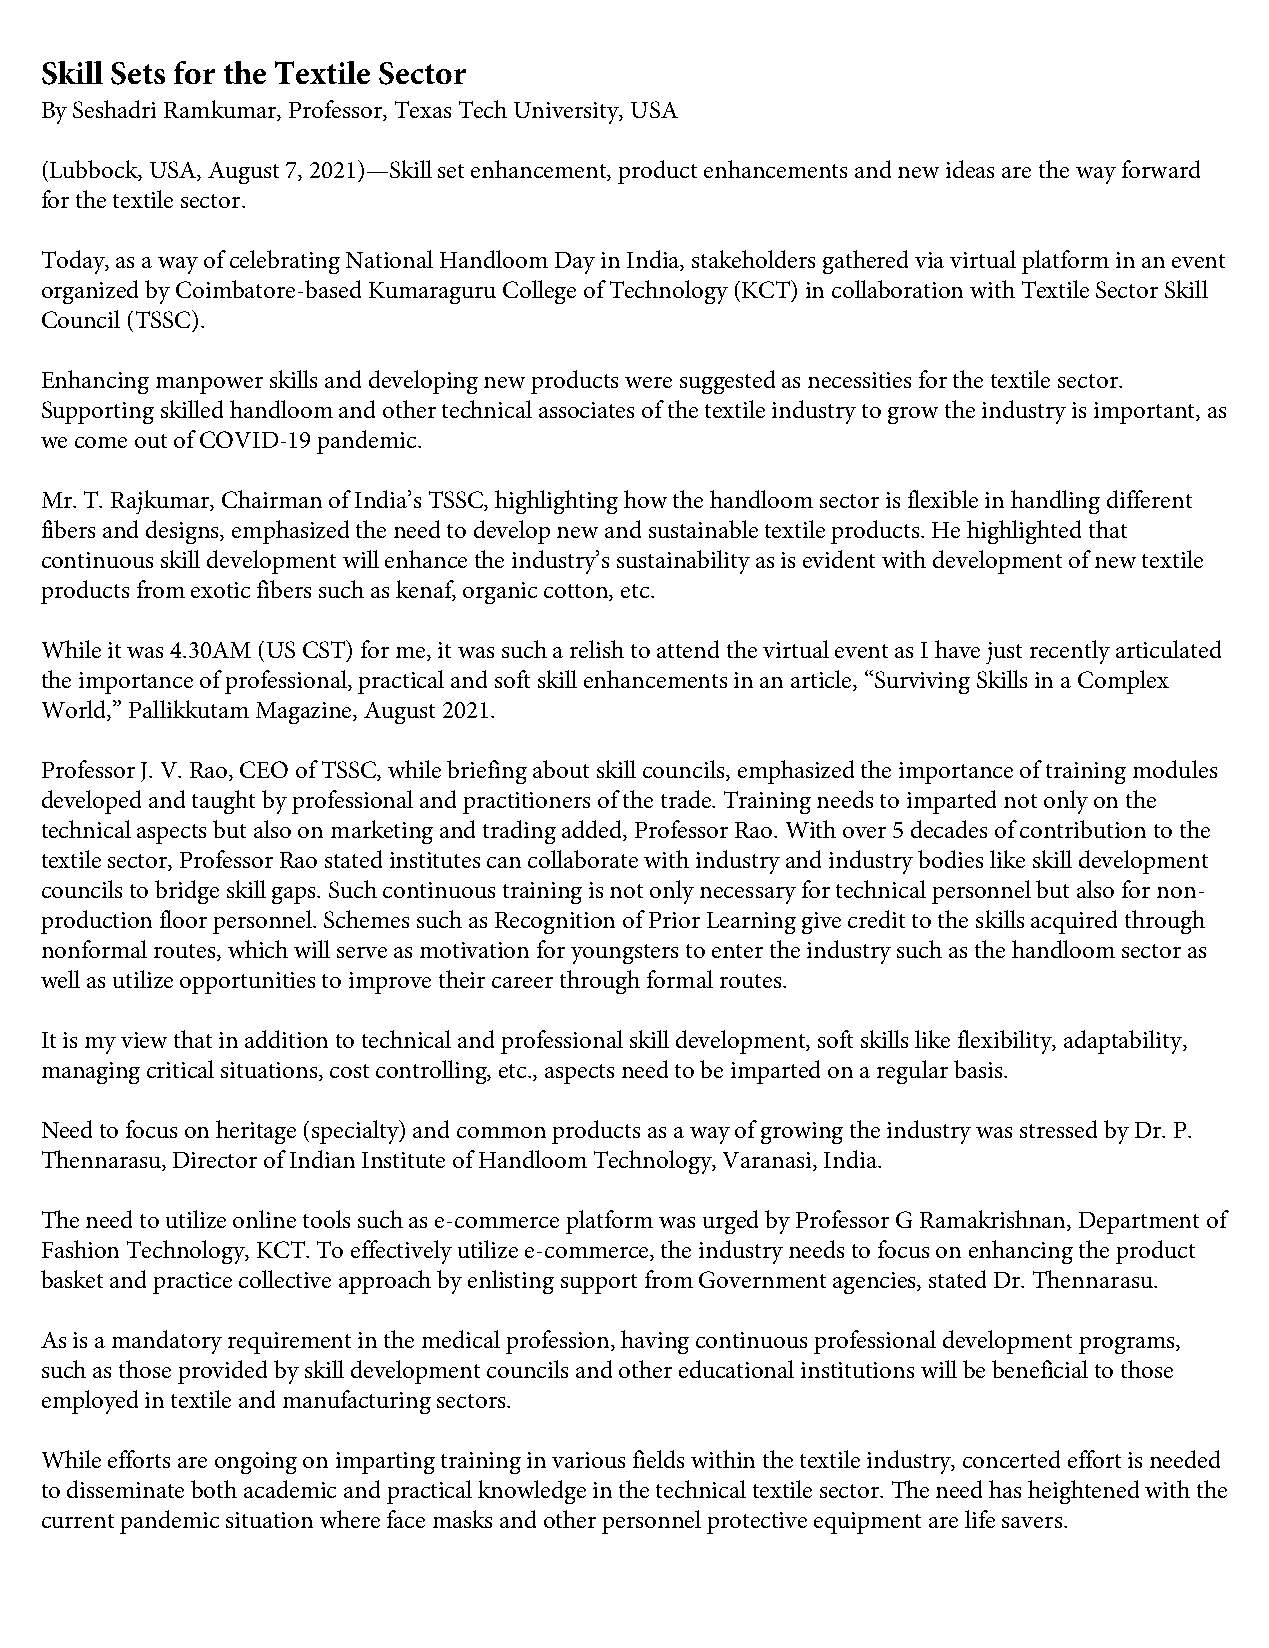
Skill Sets for the Textile Sector
 By Seshadri Ramkumar, Professor, Texas Tech University, USA
 (Lubbock, USA, August 7, 2021)—Skill set enhancement, product enhancements and new ideas are the way forward
 for the textile sector.
 Today, as a way of celebrating National Handloom Day in India, stakeholders gathered via virtual platform in an event
 organized by Coimbatore-based Kumaraguru College of Technology (KCT) in collaboration with Textile Sector Skill
 Council (TSSC).
 Enhancing manpower skills and developing new products were suggested as necessities for the textile sector.
 Supporting skilled handloom and other technical associates of the textile industry to grow the industry is important, as
 we come out of COVID-19 pandemic.
 Mr. T. Rajkumar, Chairman of India’s TSSC, highlighting how the handloom sector is flexible in handling different
 fibers and designs, emphasized the need to develop new and sustainable textile products. He highlighted that
 continuous skill development will enhance the industry’s sustainability as is evident with development of new textile
 products from exotic fibers such as kenaf, organic cotton, etc.
 While it was 4.30AM (US CST) for me, it was such a relish to attend the virtual event as I have just recently articulated
 the importance of professional, practical and soft skill enhancements in an article, “Surviving Skills in a Complex
 World,” Pallikkutam Magazine, August 2021.
 Professor J. V. Rao, CEO of TSSC, while briefing about skill councils, emphasized the importance of training modules
 developed and taught by professional and practitioners of the trade. Training needs to imparted not only on the
 technical aspects but also on marketing and trading added, Professor Rao. With over 5 decades of contribution to the
 textile sector, Professor Rao stated institutes can collaborate with industry and industry bodies like skill development
 councils to bridge skill gaps. Such continuous training is not only necessary for technical personnel but also for non-
 production floor personnel. Schemes such as Recognition of Prior Learning give credit to the skills acquired through
 nonformal routes, which will serve as motivation for youngsters to enter the industry such as the handloom sector as
 well as utilize opportunities to improve their career through formal routes.
 It is my view that in addition to technical and professional skill development, soft skills like flexibility, adaptability,
 managing critical situations, cost controlling, etc., aspects need to be imparted on a regular basis.
 Need to focus on heritage (specialty) and common products as a way of growing the industry was stressed by Dr. P.
 Thennarasu, Director of Indian Institute of Handloom Technology, Varanasi, India.
 The need to utilize online tools such as e-commerce platform was urged by Professor G Ramakrishnan, Department of
 Fashion Technology, KCT. To effectively utilize e-commerce, the industry needs to focus on enhancing the product
 basket and practice collective approach by enlisting support from Government agencies, stated Dr. Thennarasu.
 As is a mandatory requirement in the medical profession, having continuous professional development programs,
 such as those provided by skill development councils and other educational institutions will be beneficial to those
 employed in textile and manufacturing sectors.
 While efforts are ongoing on imparting training in various fields within the textile industry, concerted effort is needed
 to disseminate both academic and practical knowledge in the technical textile sector. The need has heightened with the
 current pandemic situation where face masks and other personnel protective equipment are life savers.